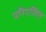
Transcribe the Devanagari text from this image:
परिपलित